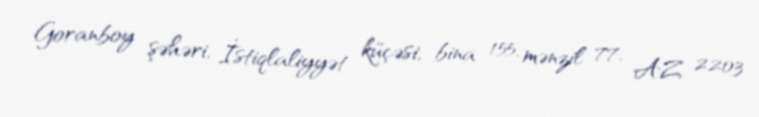
Goranboy şəhəri, İstiqlaliyyət küçəsi, bina 155, mənzil 77, AZ 2203